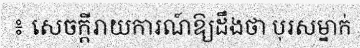
៖ សេចក្តីរាយការណ៍ឱ្យដឹងថា បុរសម្នាក់